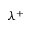
\lambda ^ { + }